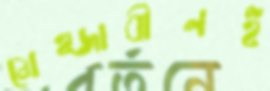
মেহ্জাবীনই